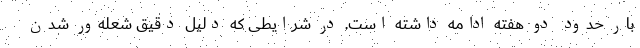
بار حدود دو هفته ادامه داشته است. در شرایطی که دلیل دقیق شعله‌ور شدن